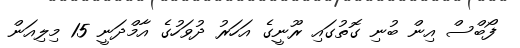
ފޯބްސް އިން ބުނި ގޮތުގައި ރޫނީގެ އަހަރު ދުވަހުގެ އާމްދަނީ 15 މިލިއަން